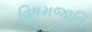
વિષમજાતિ